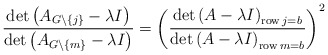
\begin{align*}\frac{\det\left( A_{G\backslash\left\{ j\right\} }-\lambda I\right) }{\det\left( A_{G\backslash\left\{ m\right\} }-\lambda I\right) }=\left(\frac{\det\left( A-\lambda I\right) _{\operatorname{row}j=b}}{\det\left(A-\lambda I\right) _{\operatorname{row}m=b}}\right) ^{2}\end{align*}